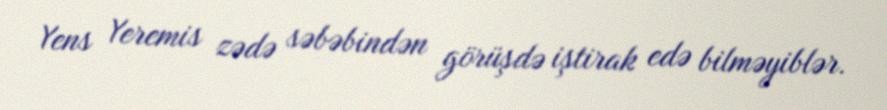
Yens Yeremis zədə səbəbindən görüşdə iştirak edə bilməyiblər.